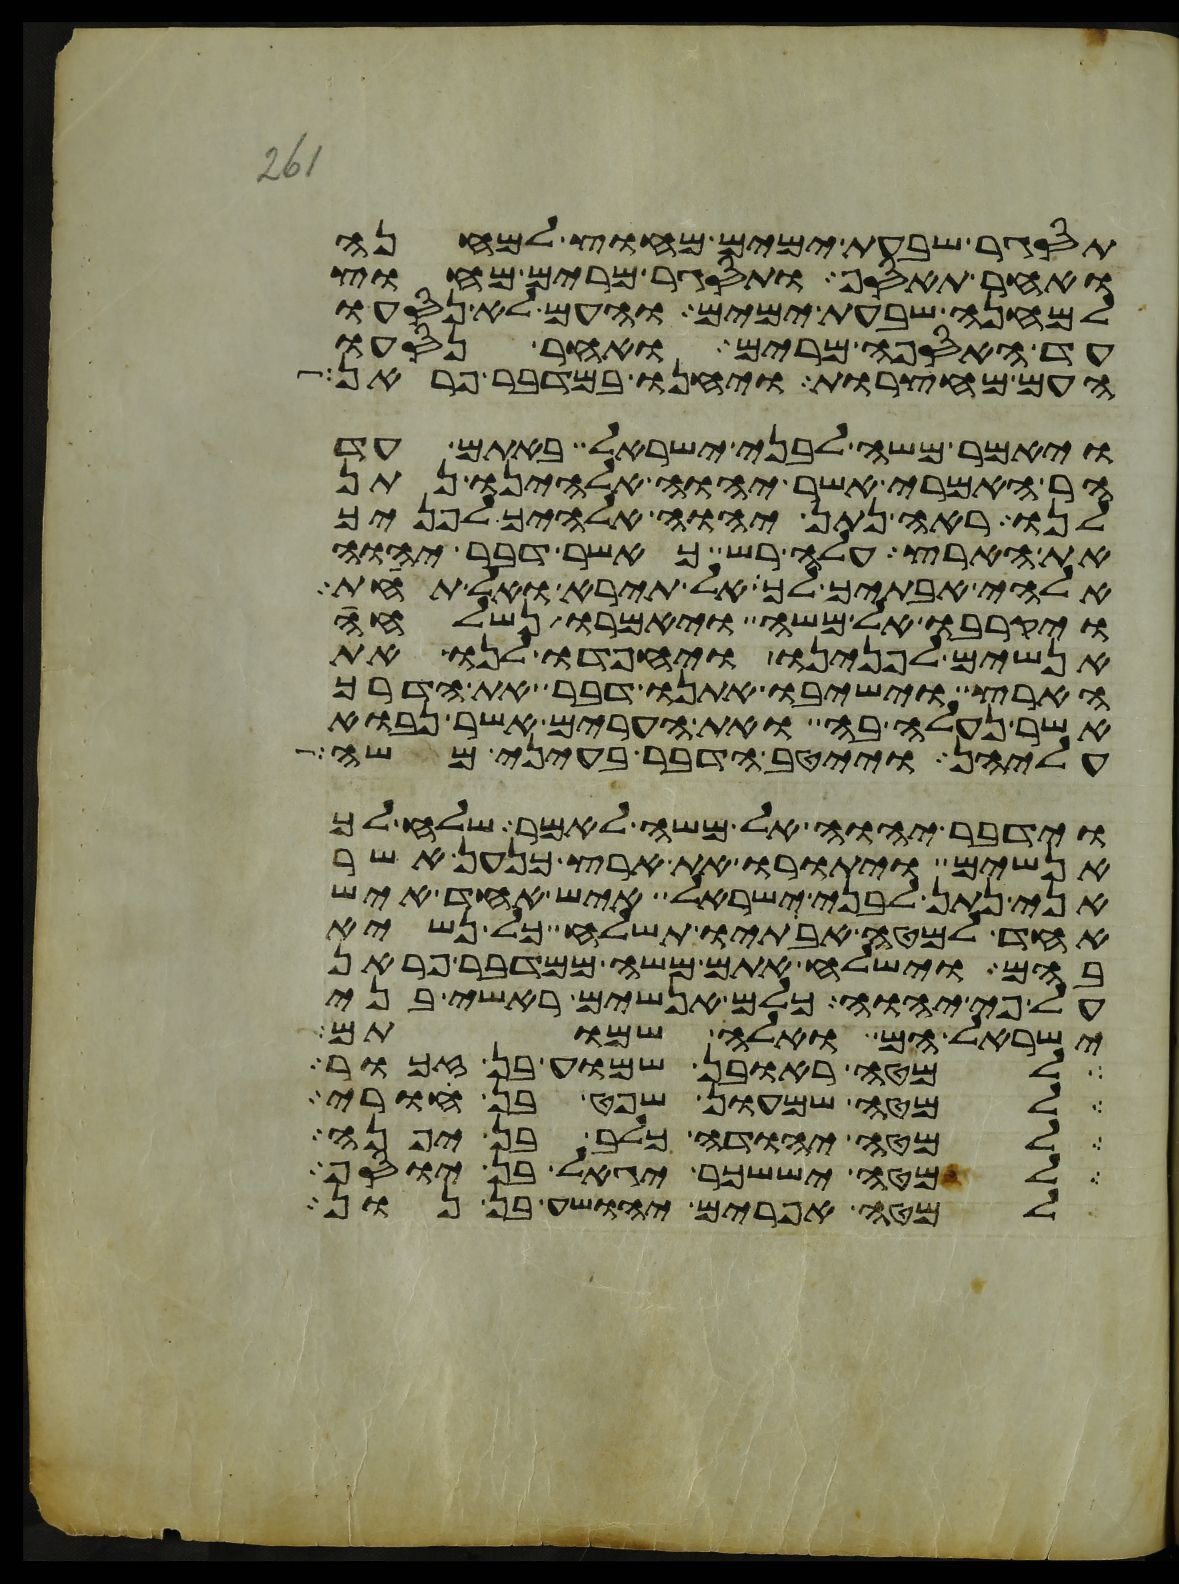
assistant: תסגר שבעת ימים מחוץ למחנה
ואחר תאסף ותסגר מרים מחוץ
למחנה שבעת ימים והעם לא נסעו
עד האספה מרים ואחר נסעו
העם מחצרות ויחנו במדבר פראן
ויאמר משה לבני ישראל באתם עד
הר האמרי אשר יהוה אלהינו נתן
לנו ראה נתן יהוה אלהיך לפניך
את הארץ עלה רש כאשר דבר יהוה
אלהי אבתיך לך אל תירא ואל תחת
ויקרבו אל משה ויאמרו נשלחה
אנשים לפנינו ויחפדו לנו את
הארץ וישיבו אתנו דבר את הדרך
אשר נעלה בה ואת הערים אשר נבוא
עליהן וייטב הדבר בעיני משה
וידבר יהוה אל משה לאמר שלח לך
אנשים ויתורו את ארץ כנען אשר
אני נתן לבני ישראל איש אחד איש
אחד למטה אבתיו תשלח כל נשיא
בהם וישלח אתם משה ממדבר פראן
על פי יהוה כלם אנשים ראשי בני
ישראל הם ואלה שמותם
למטה ראובן שמוע בן זכור
למטה שמעון שפט בן חורי
למטה יהודה כלב בן יפנה
למטה יששכר יגאל בן יוסף
למטה אפרים יהושע בן נון